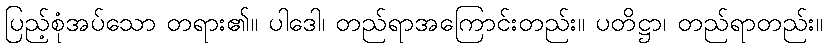
ပြည့်စုံအပ်သော တရား၏။ ပါဒေါ၊ တည်ရာအကြောင်းတည်း။ ပတိဋ္ဌာ၊ တည်ရာတည်း။